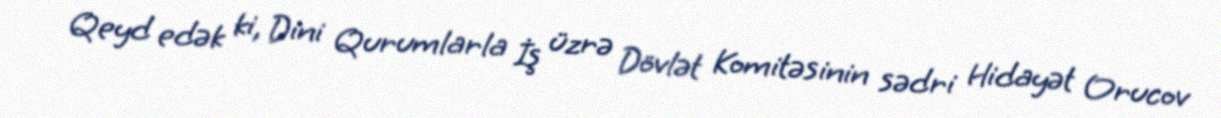
Qeyd edək ki, Dini Qurumlarla İş üzrə Dövlət Komitəsinin sədri Hidayət Orucov